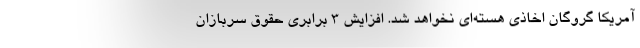
آمریکا گروگان اخاذی هسته‌ای نخواهد شد. افزایش ۳ برابری حقوق سربازان